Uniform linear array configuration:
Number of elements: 12
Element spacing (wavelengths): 0.25
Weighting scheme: blackman
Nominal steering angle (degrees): -30
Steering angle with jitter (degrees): -31.61
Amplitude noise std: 0.05
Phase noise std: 0.05

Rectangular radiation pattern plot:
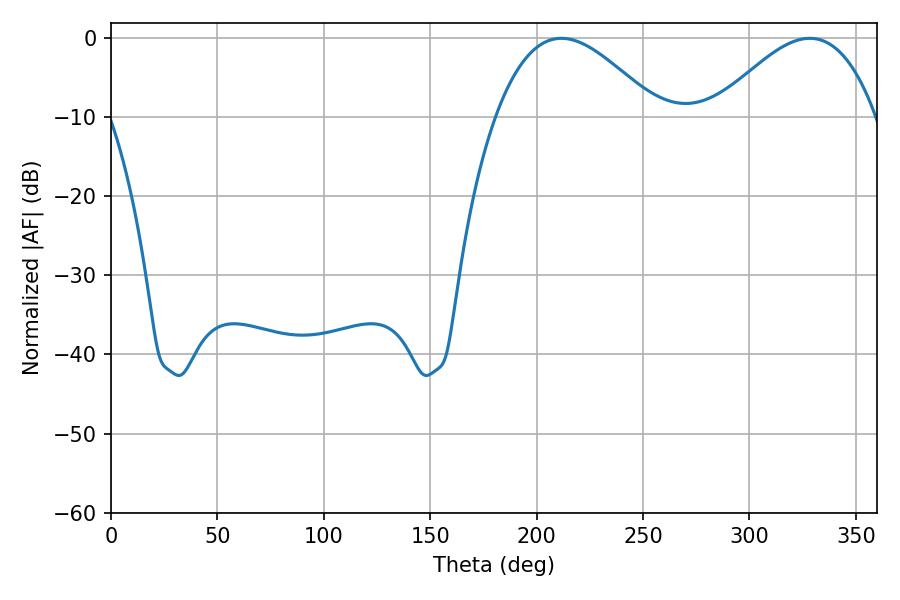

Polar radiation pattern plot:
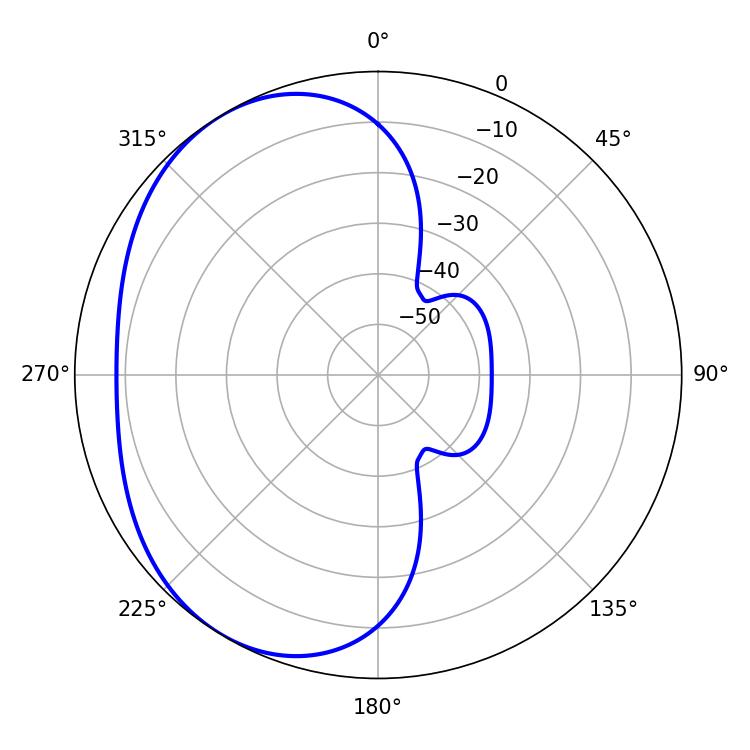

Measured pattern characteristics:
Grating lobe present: FALSE
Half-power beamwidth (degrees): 41.22
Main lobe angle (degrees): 328.32